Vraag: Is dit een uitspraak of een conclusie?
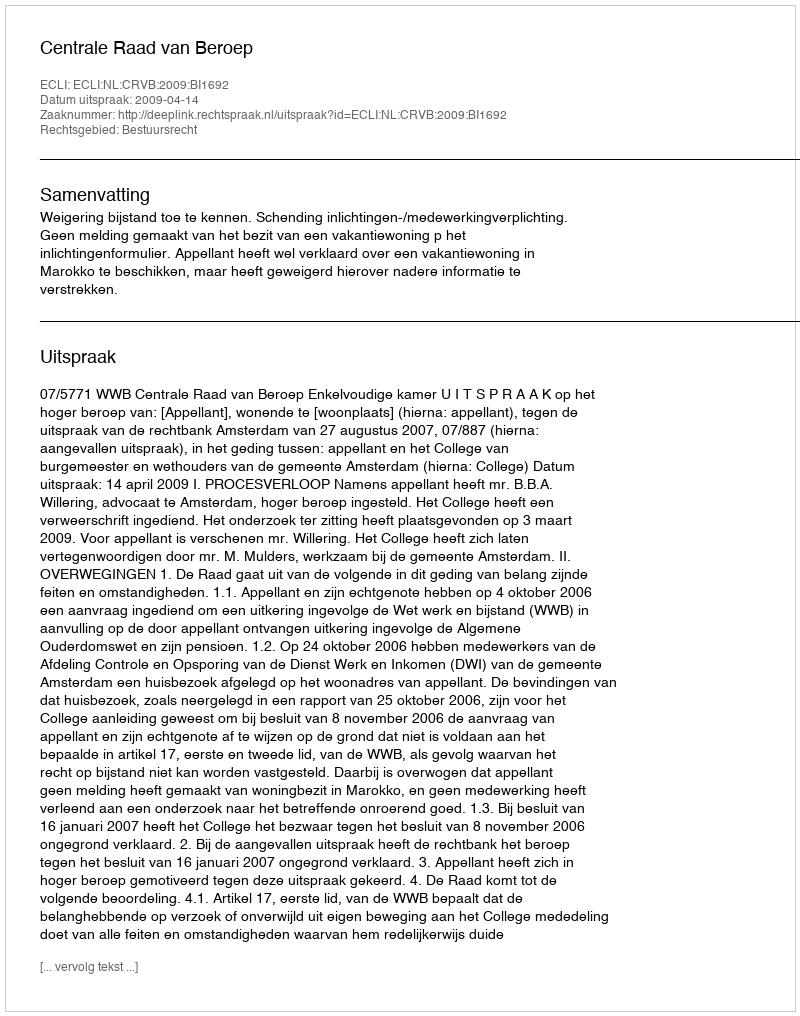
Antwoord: Uitspraak